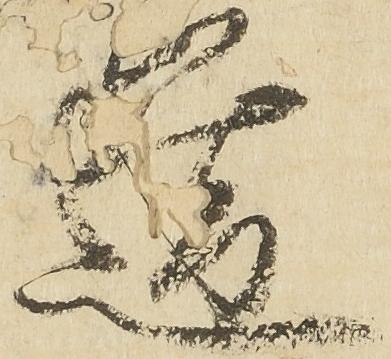
道